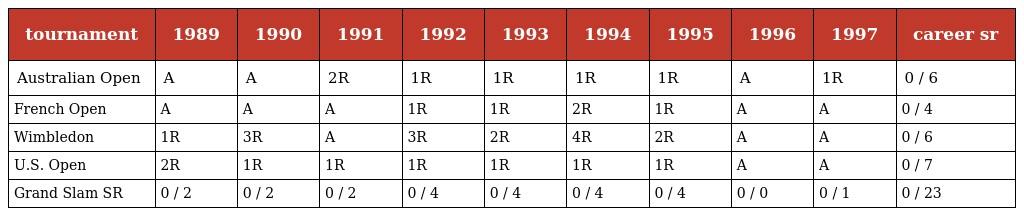
| tournament | 1989 | 1990 | 1991 | 1992 | 1993 | 1994 | 1995 | 1996 | 1997 | career sr |
 | --- | --- | --- | --- | --- | --- | --- | --- | --- | --- | --- |
 | Australian Open | A | A | 2R | 1R | 1R | 1R | 1R | A | 1R | 0 / 6 |
 | French Open | A | A | A | 1R | 1R | 2R | 1R | A | A | 0 / 4 |
 | Wimbledon | 1R | 3R | A | 3R | 2R | 4R | 2R | A | A | 0 / 6 |
 | U.S. Open | 2R | 1R | 1R | 1R | 1R | 1R | 1R | A | A | 0 / 7 |
 | Grand Slam SR | 0 / 2 | 0 / 2 | 0 / 2 | 0 / 4 | 0 / 4 | 0 / 4 | 0 / 4 | 0 / 0 | 0 / 1 | 0 / 23 |